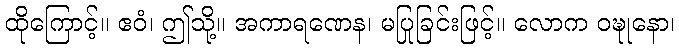
ထိုကြောင့်။ ဧဝံ၊ ဤသို့။ အကာရဏေန၊ မပြုခြင်းဖြင့်။ လောက ဝဍ္ဎုနော၊